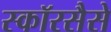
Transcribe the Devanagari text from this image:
स्कॉरसैसे